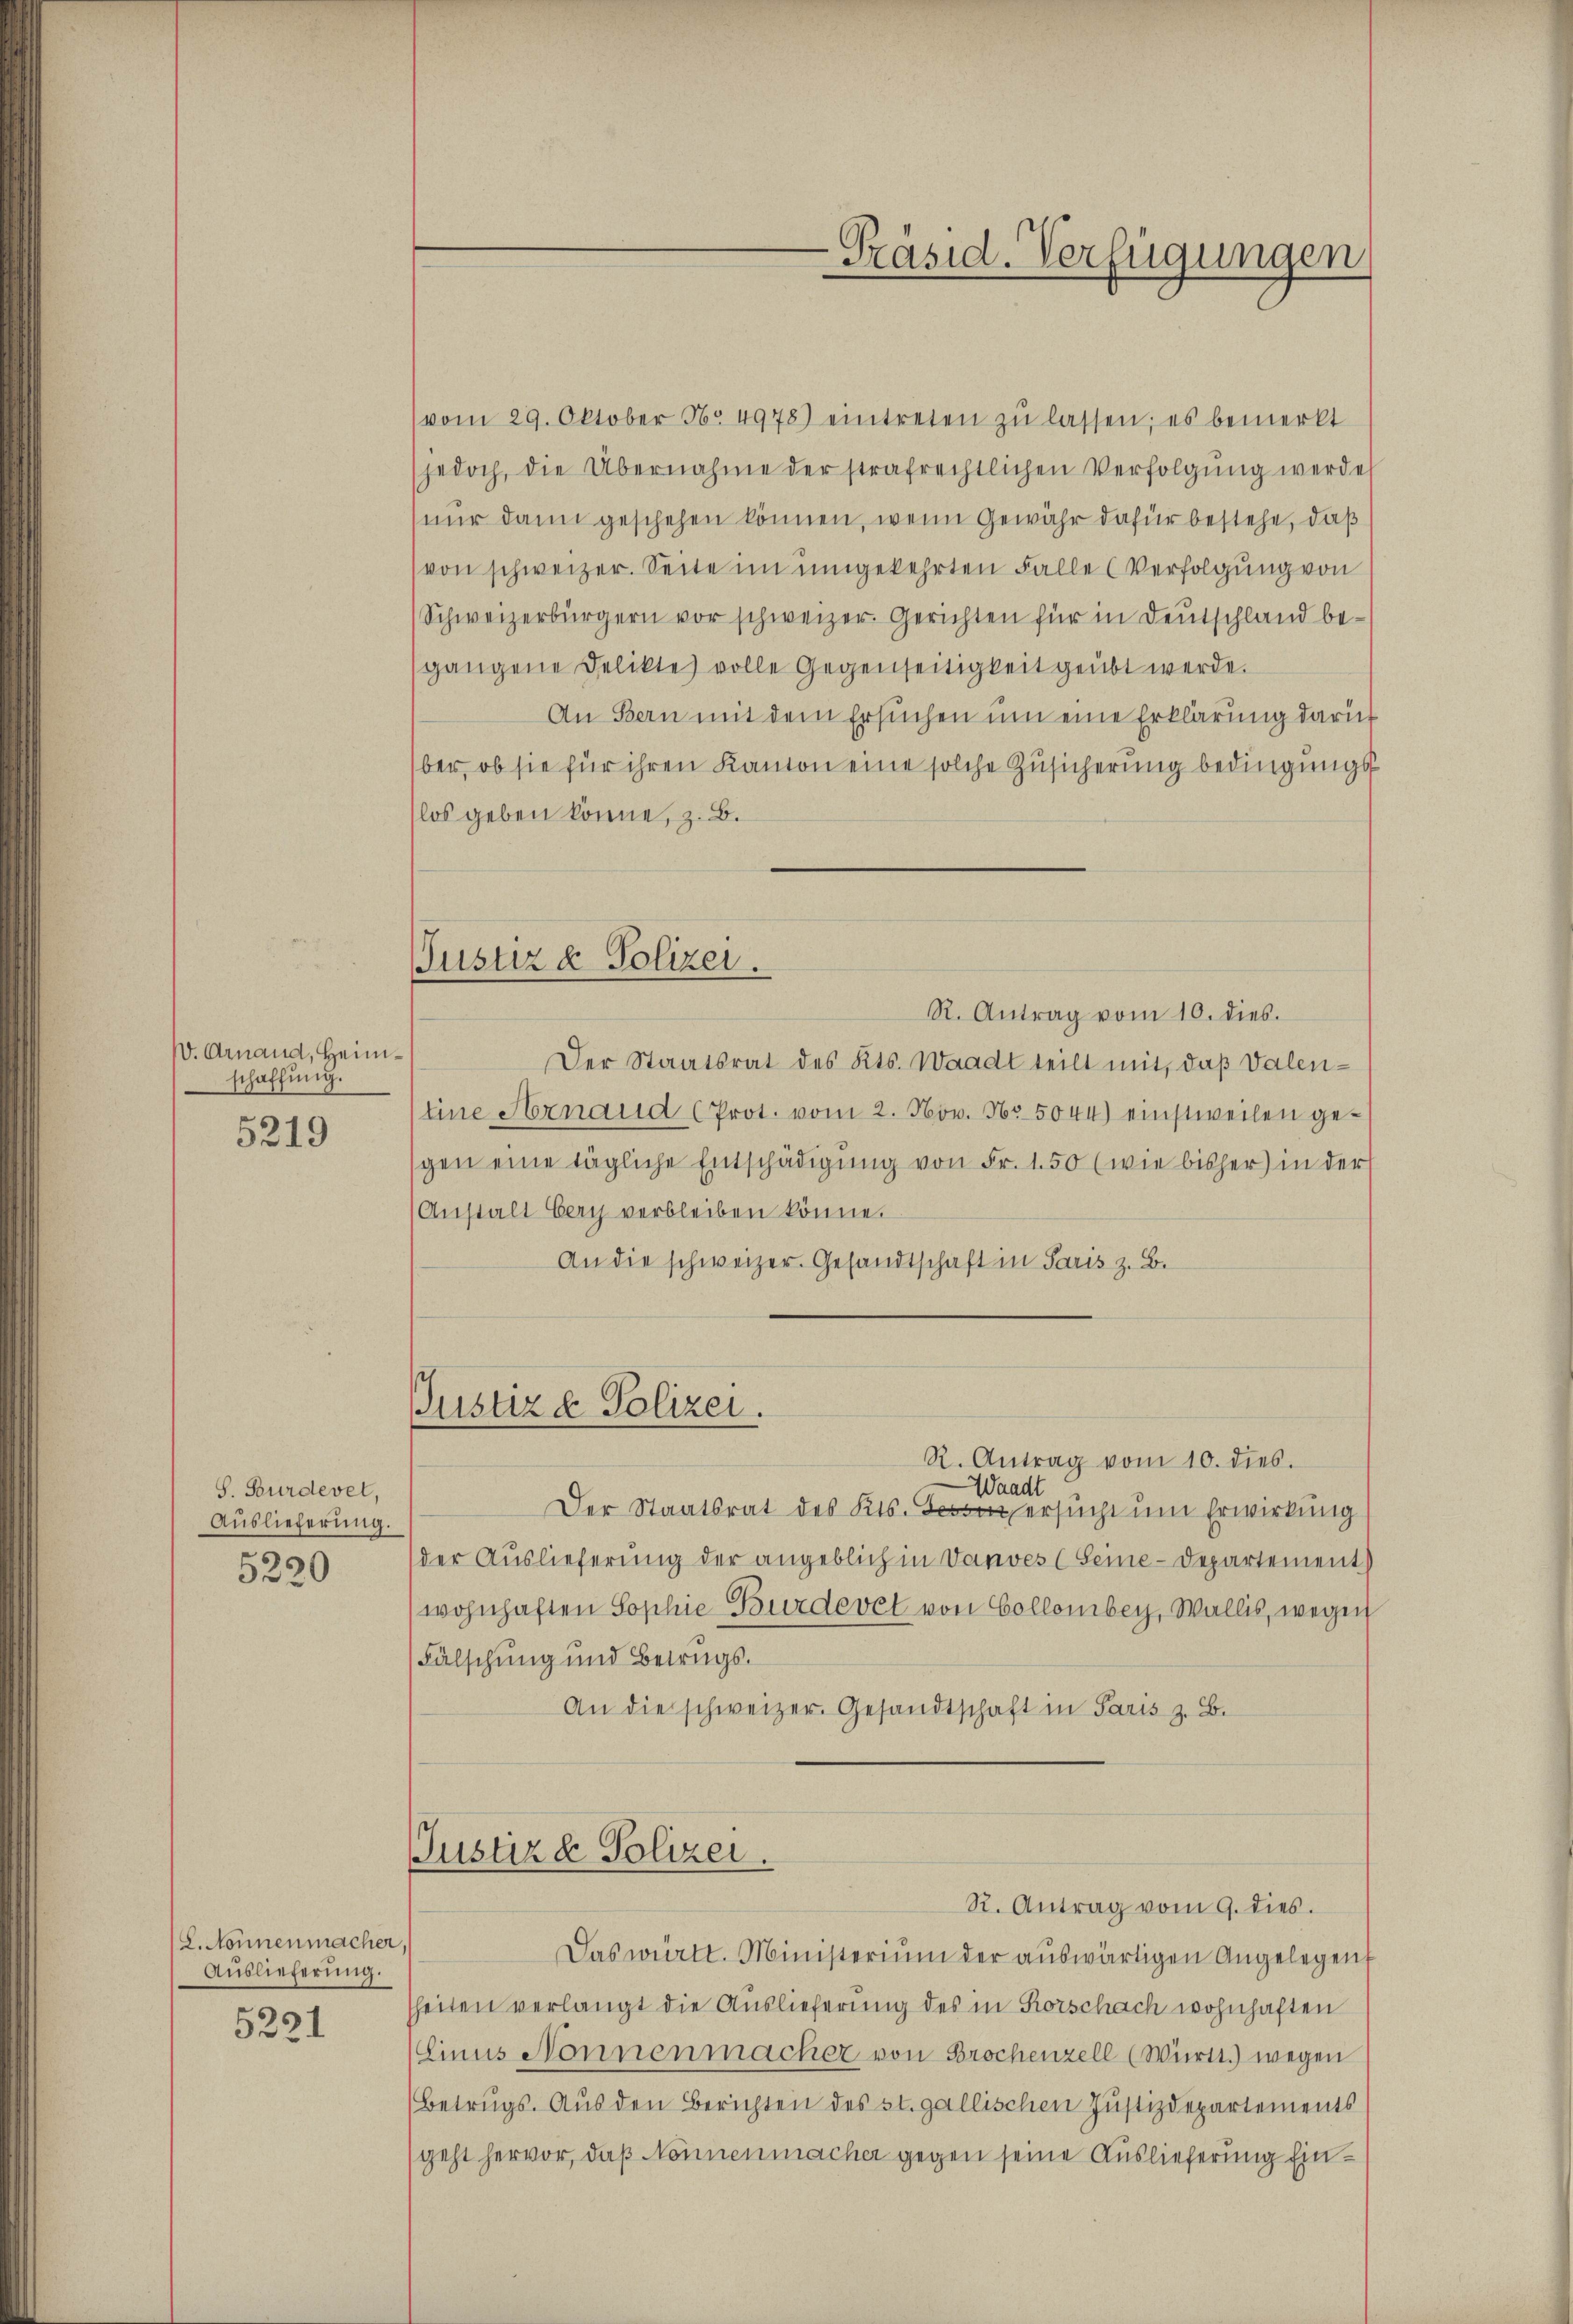
V. Arnaud, Heimschaffung.

5219

S. Burdevel,
Auslieferung.
5220

(L. Nonnenmacher,
Auslieferung.
5221

Justiz & Polizei.

-Präsid. Verfügungen.

(vom 29. Oktober No. 4978) eintreten zŭ lassen; es bemerkt
jedoch, die Übernahme der strafrechtlichen Verfolgŭng werde
nur dann geschehen können, wenn Gewähr dafür bestehe, daß
von schweizer. Seite im umgekehrten Falle (Verfolgung von
Schweizerbürgern vor schweizer. Gerichten für in Deutschland besgangene Delikte volle Gegenseitigkeit geübt werde.
An Bern mit dem Ersuchen um eine Erklärung darüb
ber, ob sie für ihren Kanton eine solche Zusicherung bedingungslos geben könne, z. B.
R. Antrag vom 10. dies.
Der Staatsrat des Kts. Waadt teilt mit, daß Valen¬
Eine Arnaud (Prot. vom 2. Nov. Nr. 5044) einstweilen gesgen eine tägliche Entschädigŭng von Fr. 1.50 (wie bisher in der
(Anstalt berg verbleiben könne.
An die schweizer. Gesandtschaft in Paris z. B.
Justiz & Polizei.
R. Antrag vom 10. dies.
Waadt
Der Staatsrat des Kts. Lesen ersucht um Erwirkung
der Auslieferung der angeblich in Vanves (Seine-Departement)
wohnhaften Sophie Bürdevet von Collomber, Wallis, wegen
Fälschung und Betrugs¬
An die schweizer. Gesandtschaft in Paris z. B.
Justizd Polizei.
R. Antrag vom 9. dies.
Das württ. Ministerium der aŭswärtigen Angelegen
heiten verlangt die Auslieferung des in Rorschach wohnhaften
Einus Nonnenmacher von Brochenzell (Württ.) wegen
(Betrugs. Aus den Berichten des st. gallischen Justizdepartements
geht hervor, daß Nonnenmacher gegen seine Auslieferung Ein¬